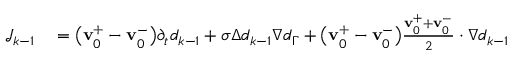
\begin{array} { r l } { \mathcal { J } _ { k - 1 } } & { { } = \big ( \mathbf { v } _ { 0 } ^ { + } - \mathbf { v } _ { 0 } ^ { - } \big ) \partial _ { t } d _ { k - 1 } + \sigma \Delta d _ { k - 1 } \nabla d _ { \Gamma } + \big ( \mathbf { v } _ { 0 } ^ { + } - \mathbf { v } _ { 0 } ^ { - } \big ) \frac { \mathbf { v } _ { 0 } ^ { + } + \mathbf { v } _ { 0 } ^ { - } } { 2 } \cdot \nabla d _ { k - 1 } } \end{array}